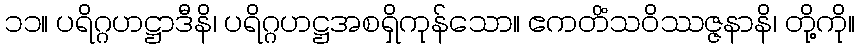
၁၁။ ပရိဂ္ဂဟဋ္ဌာဒီနိ၊ ပရိဂ္ဂဟဋ္ဌအစရှိကုန်သော။ ဧကတိံသဝိဿဇ္ဇနာနိ၊ တို့ကို။